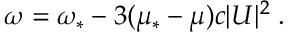
\begin{array} { r } { \omega = \omega _ { * } - 3 ( \mu _ { * } - \mu ) c | U | ^ { 2 } \; . } \end{array}